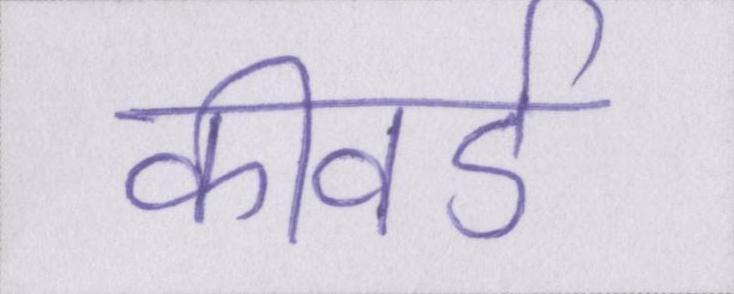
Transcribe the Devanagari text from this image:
कीवर्ड